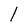
Character: l